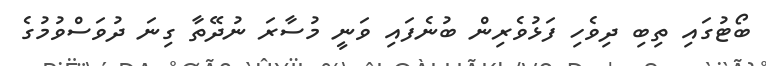
ބޯޓުގައި ތިބި ދިވެހި ފަޅުވެރިން ބުނެފައި ވަނީ މުސާރަ ނުދޭތާ ގިނަ ދުވަސްވުމުގެ